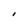
Character: I